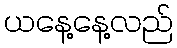
ယနေ့နေ့လည်